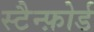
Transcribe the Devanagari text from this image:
स्टैन्फ़ोर्ड